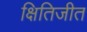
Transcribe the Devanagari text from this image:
क्षितिजीत